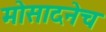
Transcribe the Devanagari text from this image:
मोसादनेच